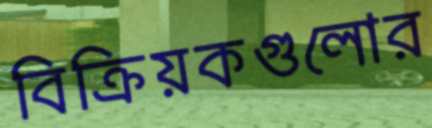
বিক্রিয়কগুলোর